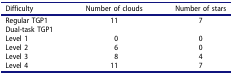
<table><thead><tr><td><b>Difficulty</b></td><td><b>Number of clouds</b></td><td><b>Number of stars</b></td></tr></thead><tbody><tr><td>Regular TGP1</td><td>11</td><td>7</td></tr><tr><td>Dual-task TGP1</td><td> </td><td> </td></tr><tr><td>Level 1</td><td>0</td><td>0</td></tr><tr><td>Level 2</td><td>6</td><td>0</td></tr><tr><td>Level 3</td><td>8</td><td>4</td></tr><tr><td>Level 4</td><td>11</td><td>7</td></tr></tbody></table>